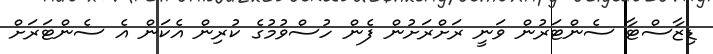
ޑިޒާސްޓާ ސެންޓަރުން ވަނީ ރަށްރަށުން ފެން ހުސްވުމުގެ ކުރިން އެކަން އެ ސެންޓަރަށް